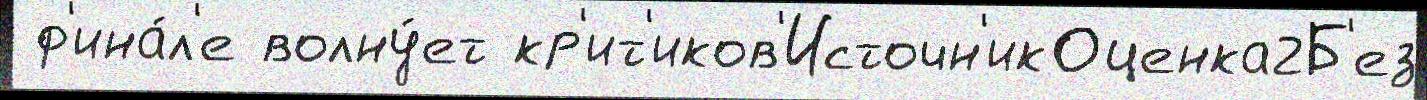
 ф'ина́л'е волну́ет кр'ит'иков'Источн'икОценка2Б'ез